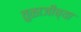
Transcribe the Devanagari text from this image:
तुळाजीच्या